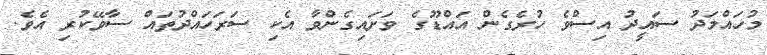
މުހައްމަދު ސައީދު އިސްވެ ހުރެގެން އައްޑޫގެ ވަށައިގެންވާ އެކި ސަރަހައްދުތައް ސާވޭކުރި އެވެ.